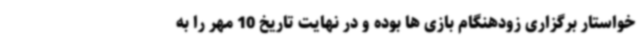
خواستار برگزاری زودهنگام بازی ها بوده و در نهایت تاریخ 10 مهر را به